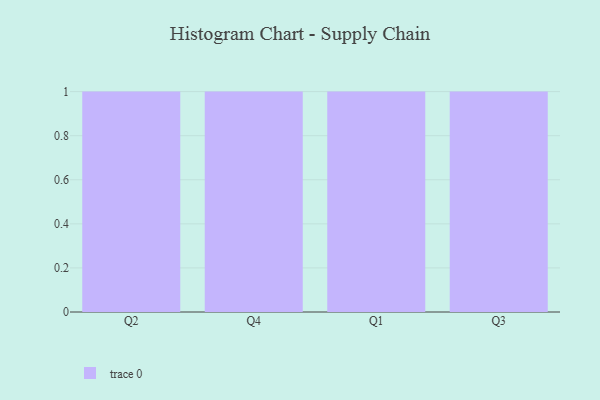
{"axis": {"x": "Quarter", "y": "Page Views"}, "legend": [""], "data": [{"x": "Q2", "y": 3, "type": ""}, {"x": "Q4", "y": 60, "type": ""}, {"x": "Q1", "y": 96, "type": ""}, {"x": "Q3", "y": 41, "type": ""}]}